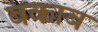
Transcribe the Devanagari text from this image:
बकाब